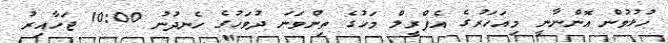
ހުޅުވުން އޮންނާނީ މިއަހަރުގެ އެޕްރީލް މަހުގެ ތިންވަނަ ދުވަހުގެ ހެނދުނު 10:00 ޖަހާއިރު